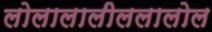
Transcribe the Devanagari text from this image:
लोलालालीललालोल